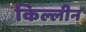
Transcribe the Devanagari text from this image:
किल्लीन